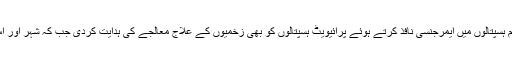
دھماکے کے فوری بعد حکومت نے لاہور کے تمام ہسپتالوں میں ایمرجنسی نافذ کرتے ہوئے پرائیویٹ ہسپتالوں کو بھی زخمیوں کے علاج معالجے کی ہدایت کردی جب کہ شہر اور اس اطراف کی سیکیورٹی ہائی الرٹ کردی گئی ہے۔